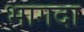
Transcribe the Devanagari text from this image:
भागदा